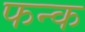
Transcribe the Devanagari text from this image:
फन्क